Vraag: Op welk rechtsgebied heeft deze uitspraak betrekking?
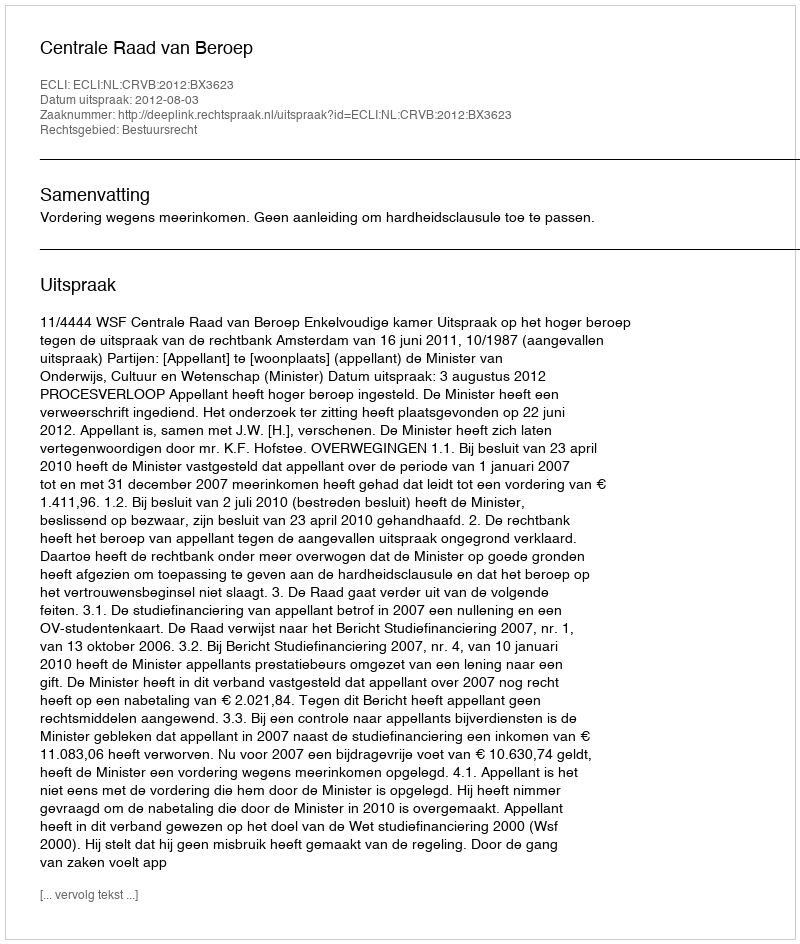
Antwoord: Bestuursrecht